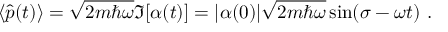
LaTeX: \langle { \hat { p } } ( t ) \rangle = { \sqrt { 2 m \hbar \omega } } \Im [ \alpha ( t ) ] = | \alpha ( 0 ) | { \sqrt { 2 m \hbar \omega } } \sin ( \sigma - \omega t ) ~ .